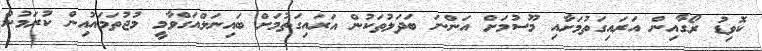
ކޮވިޑު ރޯގާއިން އަރައިގަތުމަށާއި މޫސުމަށް އަންނަ ބަދަލުތަކުން އަރައިގަތުމަށް ބައިނަލްއަގްވާމީ މުޖުތަމައުއިން ކުރަމުން